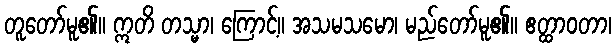
တူတော်မူ၏။ ဣတိ တသ္မာ၊ ကြောင့်။ အသမသမော၊ မည်တော်မူ၏။ ဧတ္ထာဝတာ၊